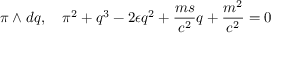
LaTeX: \pi \wedge d q , \quad \pi ^ { 2 } + q ^ { 3 } - 2 \epsilon q ^ { 2 } + \frac { m s } { c ^ { 2 } } q + \frac { m ^ { 2 } } { c ^ { 2 } } = 0